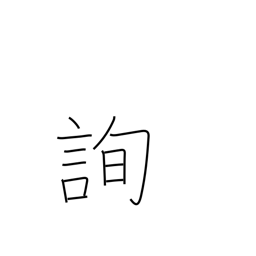
Meaning: consult with